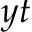
y t